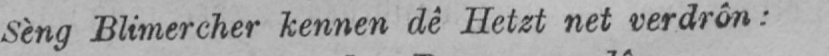
Sèng Blimercher kennen dê Hetzt net verdrôn: